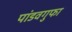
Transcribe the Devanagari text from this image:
पांडवगुफा